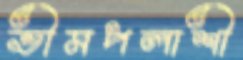
ভীমপলাশী